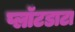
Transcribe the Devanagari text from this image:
प्लॉटडाटा